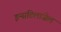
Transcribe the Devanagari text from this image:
इन्सटिलाजेल